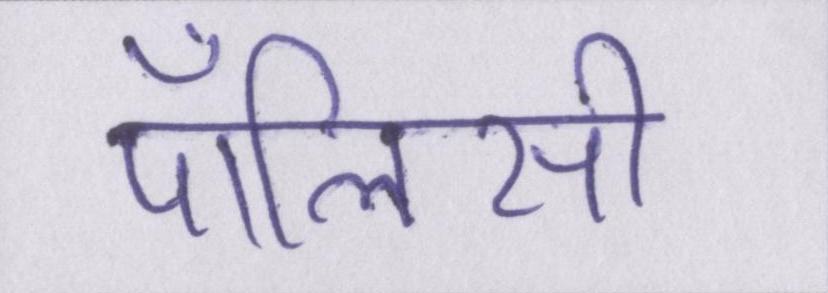
पॉलिसी